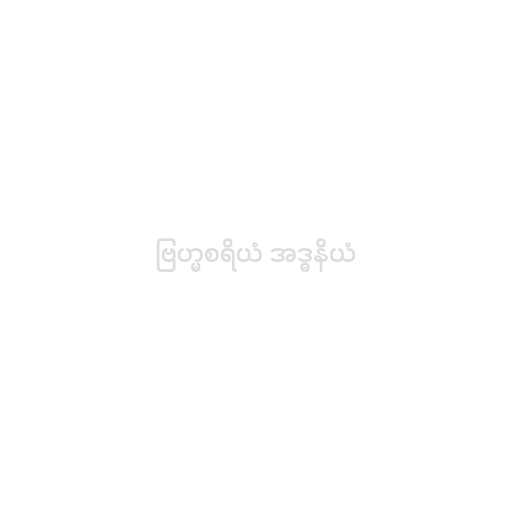
ဗြဟ္မစရိယံ အဒ္ဓနိယံ